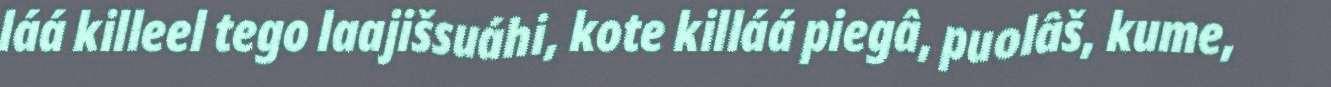
láá killeel tego laajišsuáhi, kote killáá piegâ, puolâš, kume,